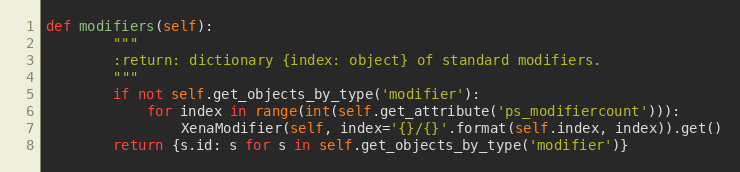
Language: Python
def modifiers(self):
        """
        :return: dictionary {index: object} of standard modifiers.
        """
        if not self.get_objects_by_type('modifier'):
            for index in range(int(self.get_attribute('ps_modifiercount'))):
                XenaModifier(self, index='{}/{}'.format(self.index, index)).get()
        return {s.id: s for s in self.get_objects_by_type('modifier')}